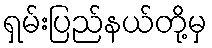
ရှမ်းပြည်နယ်တို့မှ